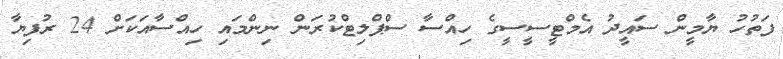
ފަތުހު ޔާމީން ސައީދު އެމްޓީސީސީގެ ހިއްސާ ސްޕްލިޓްކުރަން ނިންމައި ހިއްސާއަކަށް 24 ރުފިޔާ